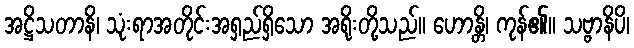
အဋ္ဌိသတာနိ၊ သုံးရာအတိုင်းအရှည်ရှိသော အရိုးတို့သည်။ ဟောန္တိ၊ ကုန်၏။ သဗ္ဗာနိပိ၊